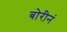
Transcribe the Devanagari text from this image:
बोरीनं